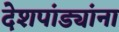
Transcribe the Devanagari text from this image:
देशपांड्यांना